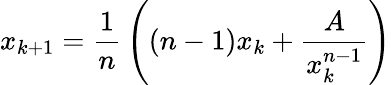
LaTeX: x_{k+1}={\frac{1}{n}}\left({(n-1)x_{k}+{\frac{A}{x_{k}^{n-1}}}}\right)